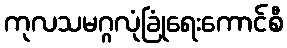
ကုလသမဂ္ဂလုံခြုံရေးကောင်စီ